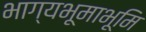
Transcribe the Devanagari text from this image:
भाग्यभूमाभूमि